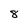
Character: 8